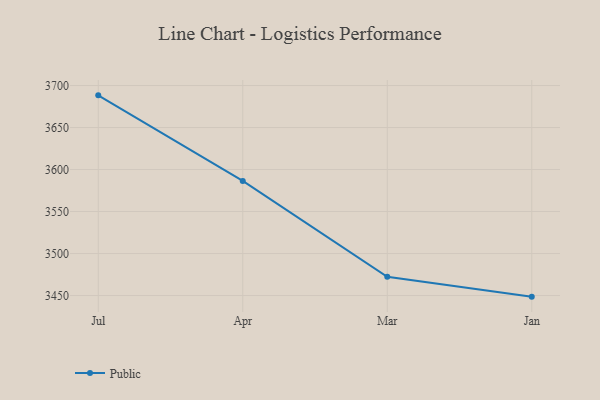
{"axis": {"x": "Month", "y": "LTV (USD)"}, "legend": ["Public"], "data": [{"x": "Jul", "y": 3688.3, "type": "Public"}, {"x": "Apr", "y": 3586.5, "type": "Public"}, {"x": "Mar", "y": 3472.4, "type": "Public"}, {"x": "Jan", "y": 3448.7, "type": "Public"}]}